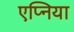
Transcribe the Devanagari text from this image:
एप्निया